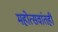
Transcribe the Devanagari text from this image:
महोत्सवांतही